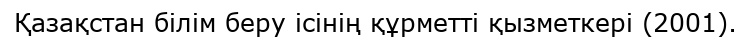
Қазақстан білім беру ісінің құрметті қызметкері (2001).